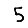
Digit: 5